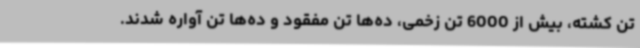
تن کشته، بیش از 6000 تن زخمی، ده‌ها تن مفقود و ده‌ها تن آواره شدند.